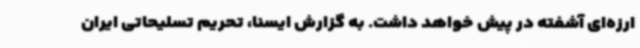
ارزه‌ای آشفته در پیش خواهد داشت. به گزارش ایسنا، تحریم تسلیحاتی ایران